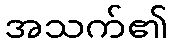
အသက်၏